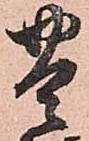
豊